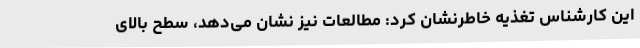
این کارشناس تغذیه خاطرنشان کرد: مطالعات نیز نشان می‌دهد، سطح بالای